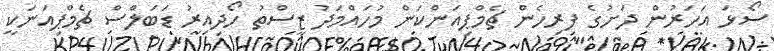
ސޯޅަ އަހަރުން ދަށުގެ ފިރިހެން ޗެމްޕިއަންކަން މުހައްމަދު ޒީސްތު ހޯދިއިރު ޑަބަލްސް ޗެމްޕިއަނަކީ